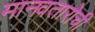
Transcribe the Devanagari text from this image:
मानवतारोची